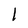
Character: l